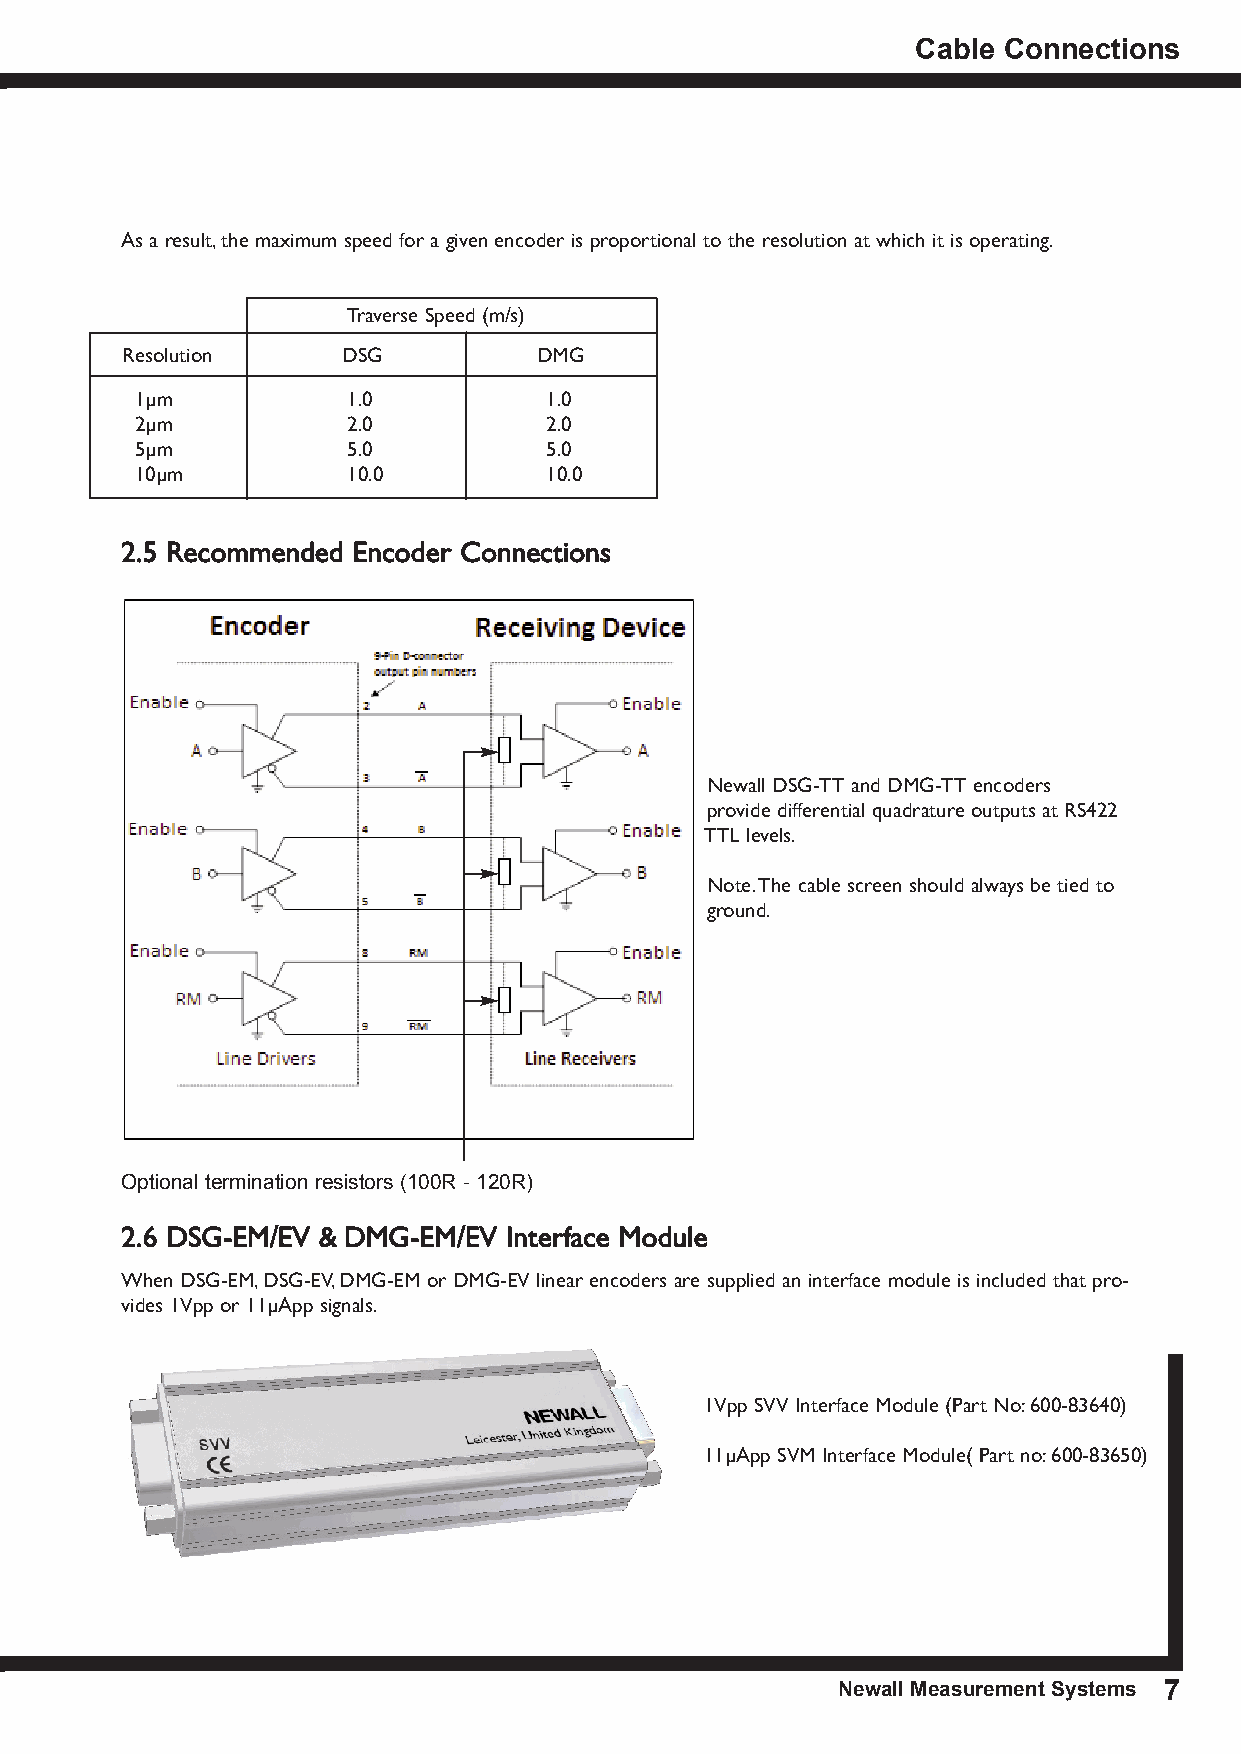
Cable Connections
 As a result, the maximum speed for a given encoder is proportional to the resolution at which it is operating.
 Traverse Speed (m/s)
 Resolution     DSG          DMG
 1µm           1.0          1.0
 2µm           2.0          2.0
 5µm           5.0          5.0
 10µm          10.0         10.0
 2.5 Recommended Encoder Connections
 Newall DSG-TT and DMG-TT encoders
 provide differential quadrature outputs at RS422
 TTL levels.
 Note. The cable screen should always be tied to
 ground.
 Optional termination resistors (100R - 120R)
 2.6 DSG-EM/EV & DMG-EM/EV Interface Module
 When DSG-EM, DSG-EV, DMG-EM or DMG-EV linear encoders are supplied an interface module is included that pro-
 vides 1Vpp or 11µApp signals.
 1Vpp SVV Interface Module (Part No: 600-83640)
 11µApp SVM Interface Module( Part no: 600-83650)
 newall Measurement systems 7